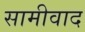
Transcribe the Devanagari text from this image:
सामीवाद